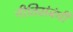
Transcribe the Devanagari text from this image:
नीतिसंबंधी